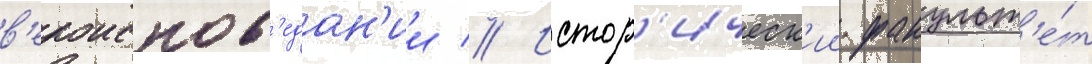
в'ероиспов'едан'ии // Истор'ическ'ии факульт'е́т